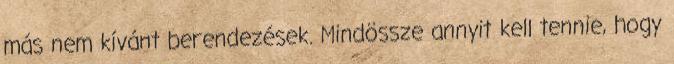
más nem kívánt berendezések. Mindössze annyit kell tennie, hogy